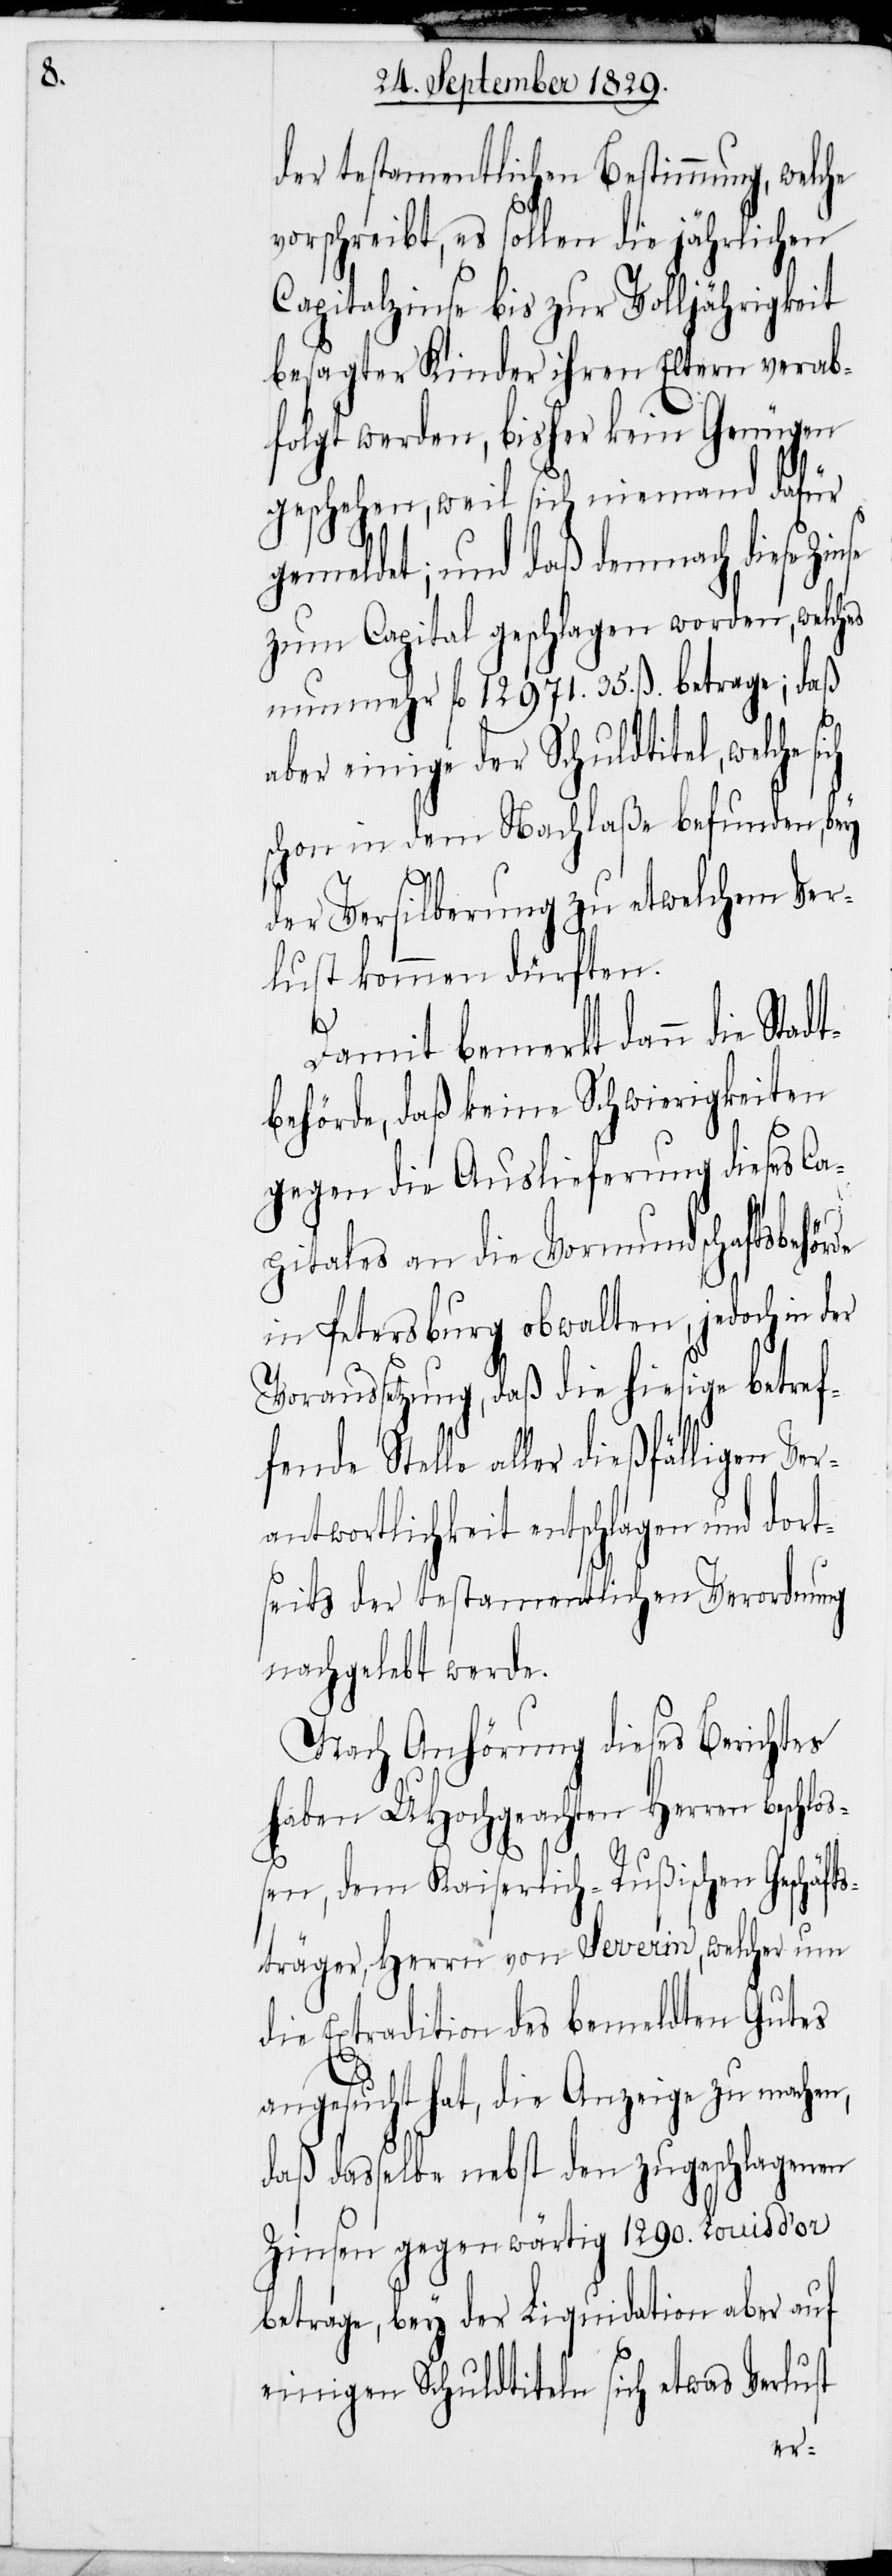
der testamentlichen Bestimmung, welche
vorschreibt, es sollen die jährlichen
Capitalzinse bis zur Volljährigkeit
besagter Kinder ihren Eltern verab¬
folgt werden, bisher kein Genügen
geschehen, weil sich niemand dafür
gemeldet; und daß demnach diese Zi¬
zum Capital geschlagen worden, welches
nunmehr fl. 12971. 35. ß. betrage; daß
aber einige der Schuldtitel, welche
schon in dem Nachlaße befunden, bey
Stel¬
der Versilberung zu etwelchem Ver¬
lust kommen dürften.
Damit bemerkt dann die Stadt¬
behörde, daß keine Schwierigkeiten
gegen die Auslieferung dieses Ca¬
pitales an die Vormundschaftsbehörde
in Petersburg obwalten, jedoch in der
Voraussetzung, daß die hiesige betref¬
le aller dießfälligen Ver¬
antwortlichkeit entschlagen und dort¬
seits der testamentlichen Verordnung
nachgelebt werde.
Nach Anhörung dieses Berichtes
haben UHochgeachten Herren beschlo¬
ßen, dem Kaiserlich-Rußischen Geschäft¬
sträger, Herrn von Severin, welcher um
die Extradition des bemeldten Gutes
angesucht hat, die Anzeige zu machen,
daß dasselbe nebst den zugeschlagenen
Zinsen gegenwärtig 1290. Louisd’or
betrage, bey der Liquidation aber auf
einigen Schuldtiteln sich etwas Verlust